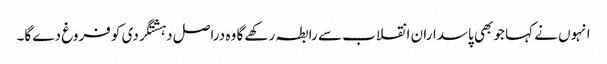
انہوں نے کہا جو بھی پاسداران انقلاب سے رابطہ رکھے گا وہ دراصل دہشتگردی کو فروغ دے گا۔